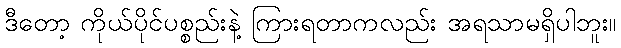
ဒီတော့ ကိုယ်ပိုင်ပစ္စည်းနဲ့ ကြားရတာကလည်း အရသာမရှိပါဘူး။